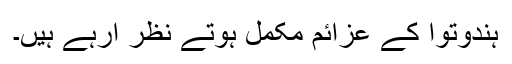
ہندوتوا کے عزائم مکمل ہوتے نظر آرہے ہیں۔